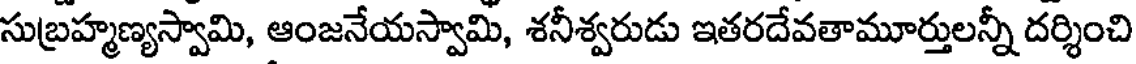
సుబ్రహ్మణ్యస్వామి, ఆంజనేయస్వామి, శనీశ్వరుడు ఇతరదేవతామూర్తులన్నీ దర్శించి